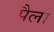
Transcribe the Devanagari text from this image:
पैला